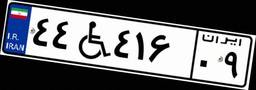
۴۴W۴۱۶۰۹